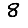
Digit: 8